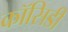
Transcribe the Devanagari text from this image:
कॉसिडी